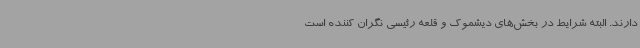
دارند. البته شرایط در بخش‌های دیشموک و قلعه رئیسی نگران کننده است